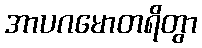
အာပဂမောတရိတွာ